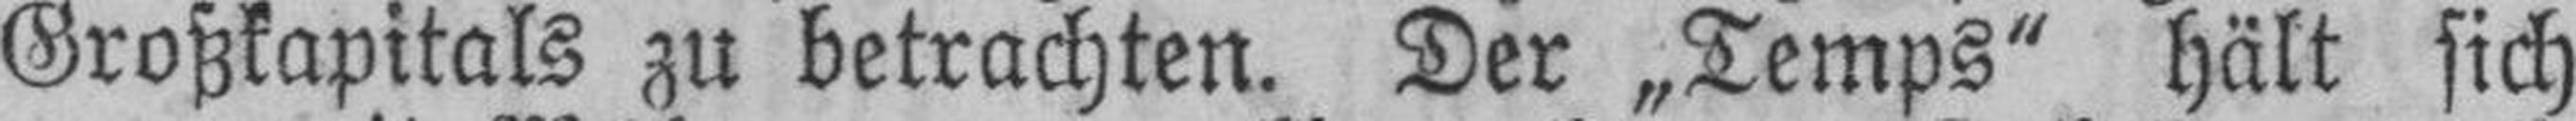
Großkapitals zu betrachten. Der „Temps“ hält sich